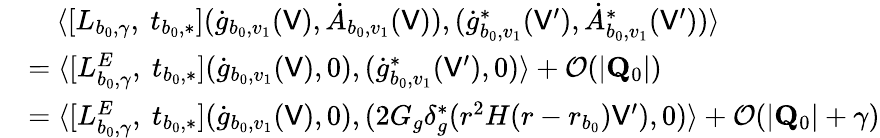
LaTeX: \begin{array}{rl}&{\quad\langle[L_{b_{0},\gamma},\ t_{b_{0},*}](\dot{g}_{b_{0},v_{1}}(\mathsf{V}),\dot{A}_{b_{0},v_{1}}(\mathsf{V})),(\dot{g}_{b_{0},v_{1}}^{*}(\mathsf{V}^{\prime}),\dot{A}_{b_{0},v_{1}}^{*}(\mathsf{V}^{\prime}))\rangle}\\ &{=\langle[L_{b_{0},\gamma}^{E},\ t_{b_{0},*}](\dot{g}_{b_{0},v_{1}}(\mathsf{V}),0),(\dot{g}_{b_{0},v_{1}}^{*}(\mathsf{V}^{\prime}),0)\rangle+\mathcal{O}(\vert\mathbf{Q}_{0}\vert)}\\ &{=\langle[L_{b_{0},\gamma}^{E},\ t_{b_{0},*}](\dot{g}_{b_{0},v_{1}}(\mathsf{V}),0),(2G_{g}\delta_{g}^{*}(r^{2}H(r-r_{b_{0}})\mathsf{V}^{\prime}),0)\rangle+\mathcal{O}(\vert\mathbf{Q}_{0}\vert+\gamma)}\end{array}